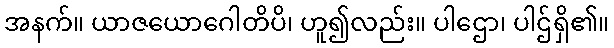
အနက်။ ယာဇယောဂေါတိပိ၊ ဟူ၍လည်း။ ပါဌော၊ ပါဌ်ရှိ၏။